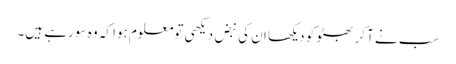
سب نے آکر بھٹو کو دیکھا ان کی نبض دیکھی تومعلوم ہوا کہ وہ سو رہے ہیں۔